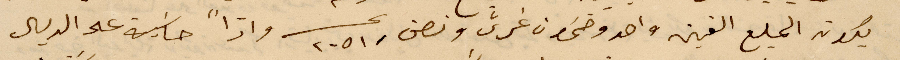
يكون المبلغ الفين واحد وخمسون غرش ونصف ٢٠٥١ عشر واذًا حاسبه على الريال